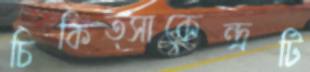
চিকিত্সাকেন্দ্রটি